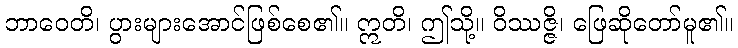
ဘာဝေတိ၊ ပွားများအောင်ဖြစ်စေ၏။ ဣတိ၊ ဤသို့။ ဝိဿဇ္ဇိ၊ ဖြေဆိုတော်မူ၏။